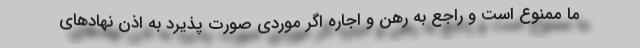
ما ممنوع است و راجع به رهن و اجاره اگر موردی صورت پذیرد به اذن نهادهای